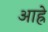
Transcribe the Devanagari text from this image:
आह्रे